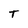
Character: T